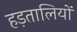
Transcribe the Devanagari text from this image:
हड़तालियों